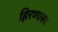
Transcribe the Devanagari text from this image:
हिरण्यस्य